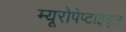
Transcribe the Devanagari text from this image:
म्यूरोपेप्टाइड्स